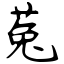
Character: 菟